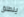
ينطلق